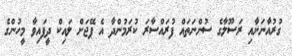
ގުރުއާނަށާއި ރަސޫލާގެ ސުންނަތައް ފުރައްސާރަ ކުރަމުންދާ އެ ޕޭޖަށް ލައިކް ދީފައިވާ މީހުންގެ